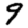
Digit: 9